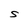
Character: S